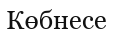
Көбнесе